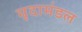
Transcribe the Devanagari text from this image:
मृदामंडल